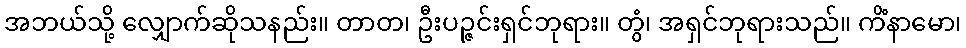
အဘယ်သို့ လျှောက်ဆိုသနည်း။ တာတ၊ ဦးပဉ္ဇင်းရှင်ဘုရား။ တွံ၊ အရှင်ဘုရားသည်။ ကိံနာမော၊